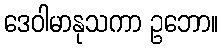
ဒေဝါမာနုသကာ ဥဘော။